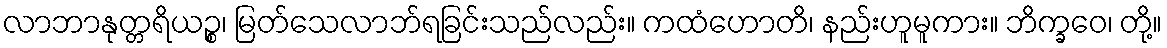
လာဘာနုတ္တရိယဉ္စ၊ မြတ်သေလာဘ်ရခြင်းသည်လည်း။ ကထံဟောတိ၊ နည်းဟူမူကား။ ဘိက္ခဝေ၊ တို့။